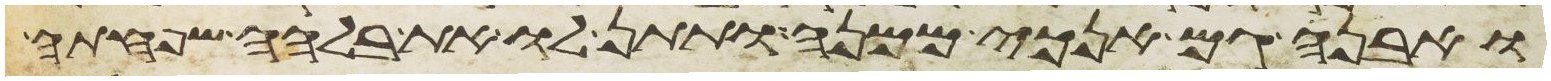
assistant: ואבנה גם אנכי ממנה ותתן לו את בלהה שפחתה